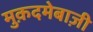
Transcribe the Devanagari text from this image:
मुक़दमेबाज़ी